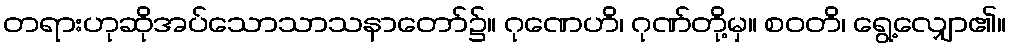
တရားဟုဆိုအပ်သောသာသနာတော်၌။ ဂုဏေဟိ၊ ဂုဏ်တို့မှ။ စဝတိ၊ ရွေ့လျှော၏။